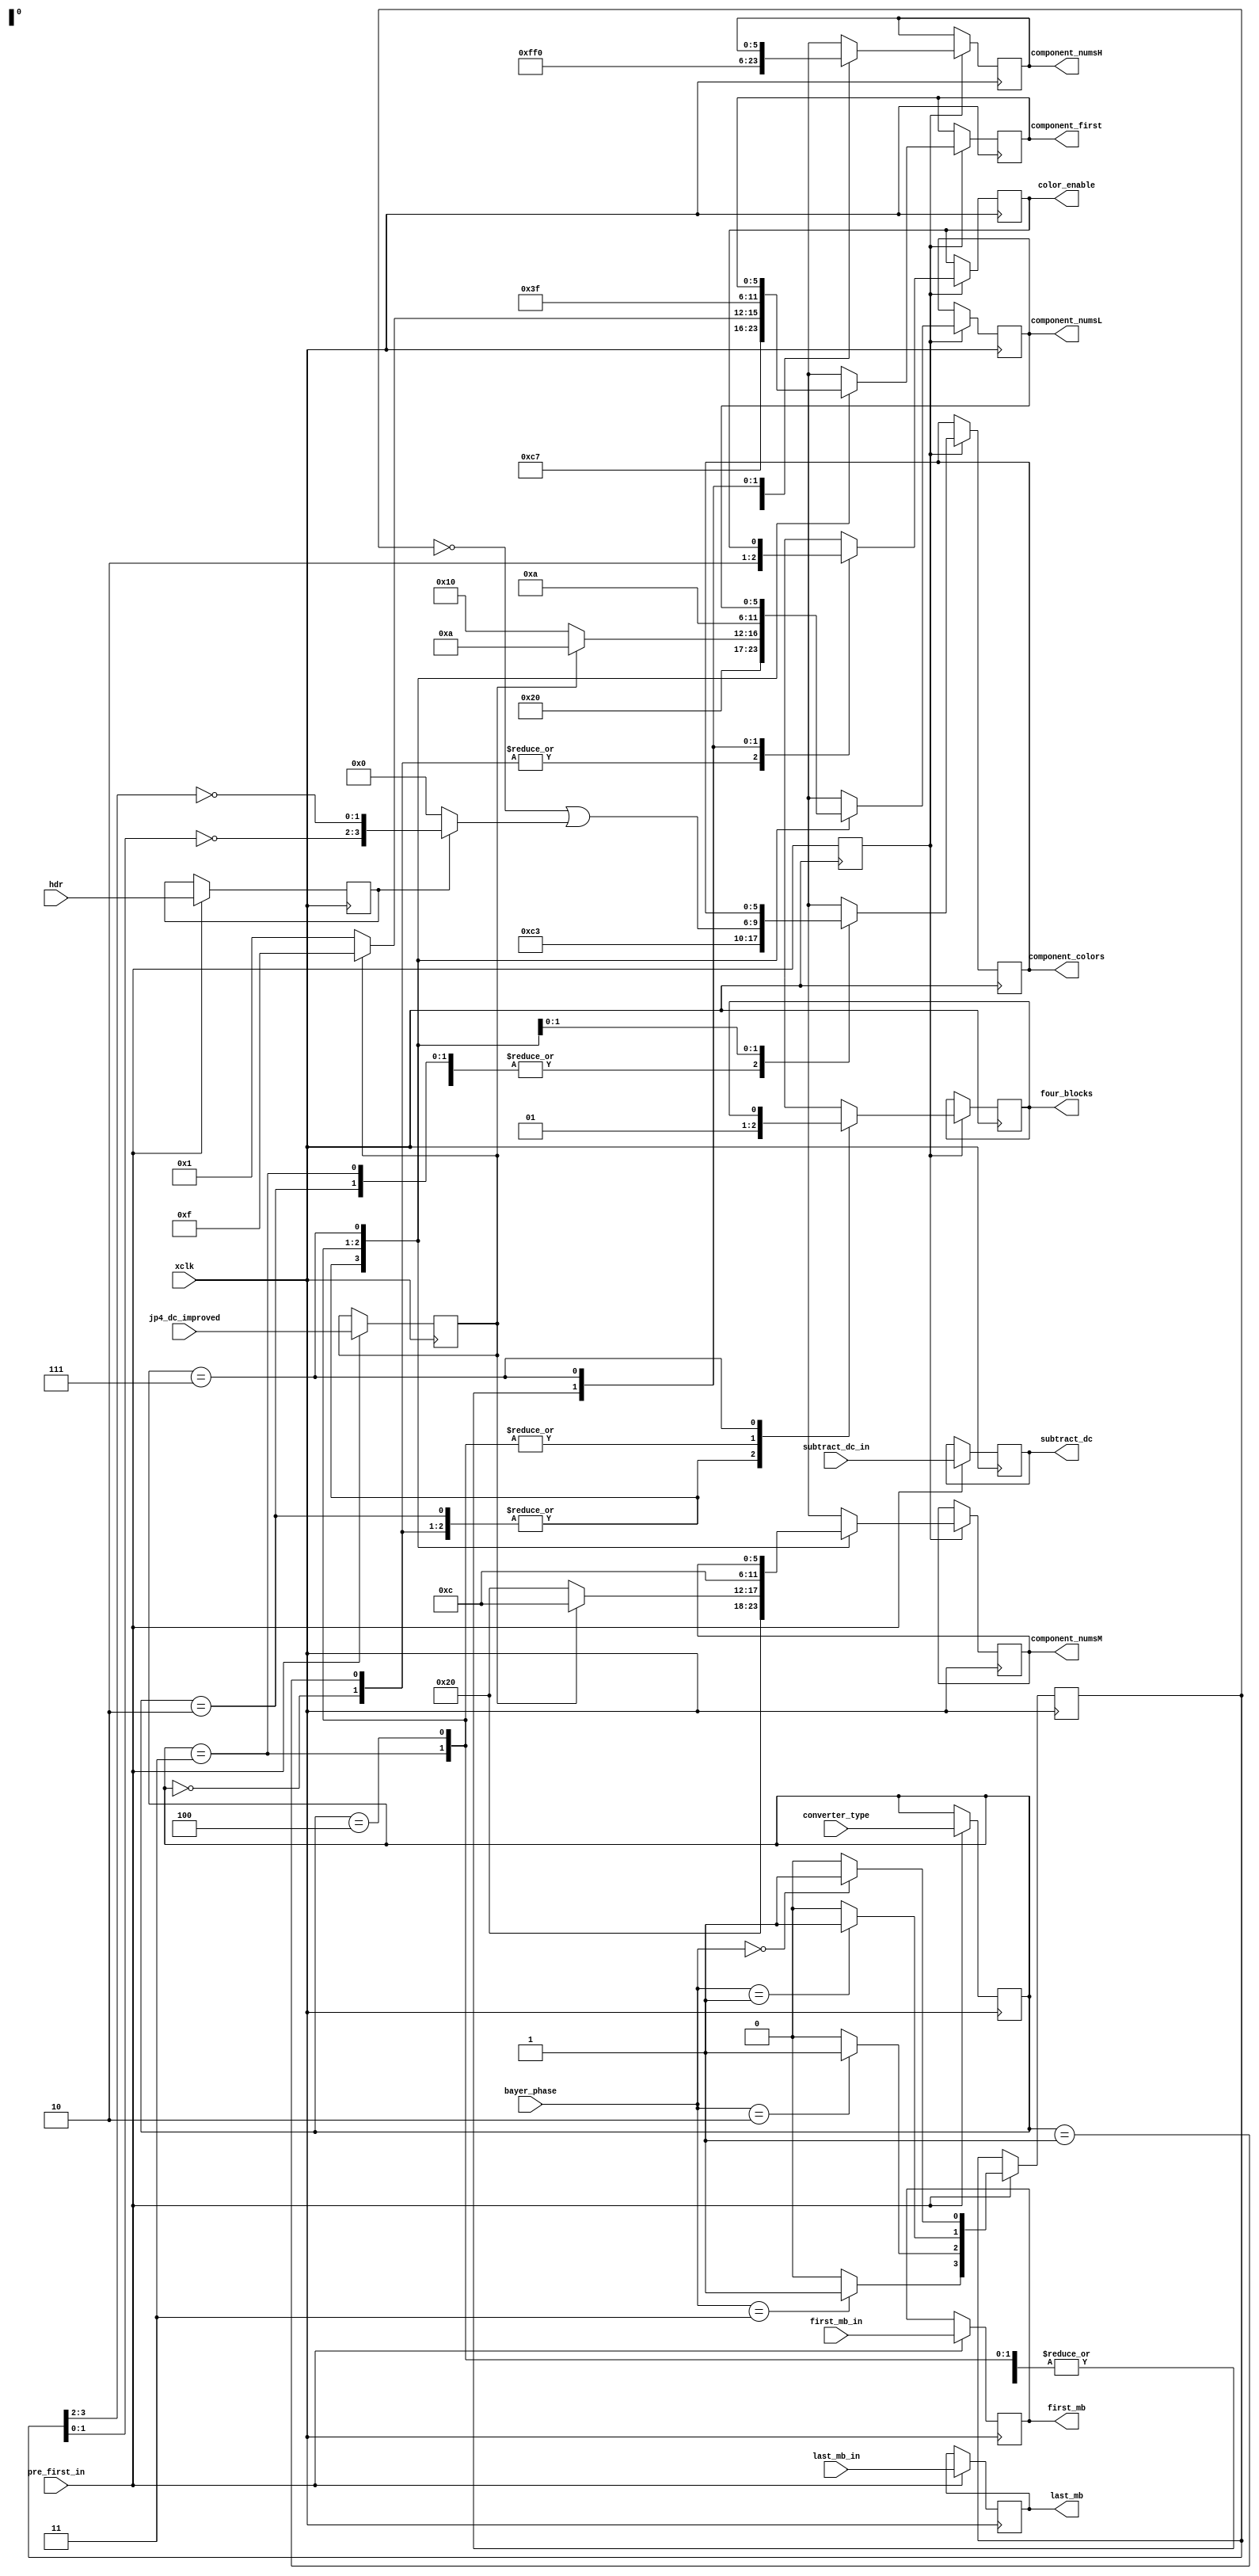
/*!
 * <b>Module:</b>cmprs_tile_mode2_decode
 * @file cmprs_tile_mode2_decode.v
 * @date 2015-06-14  
 * @author Andrey Filippov     
 *
 * @brief Decode mode parameters, registered at pre-start of the macroblock
 * data to color conversion module
 *
 * @copyright Copyright (c) 2015 Elphel, Inc.
 *
 * <b>License:</b>
 *
 * cmprs_tile_mode2_decode.v is free software; you can redistribute it and/or modify
 * it under the terms of the GNU General Public License as published by
 * the Free Software Foundation, either version 3 of the License, or
 * (at your option) any later version.
 *
 *  cmprs_tile_mode2_decode.v is distributed in the hope that it will be useful,
 * but WITHOUT ANY WARRANTY; without even the implied warranty of
 * MERCHANTABILITY or FITNESS FOR A PARTICULAR PURPOSE.  See the
 * GNU General Public License for more details.
 *
 * You should have received a copy of the GNU General Public License
 * along with this program.  If not, see <http://www.gnu.org/licenses/> .
 *
 * Additional permission under GNU GPL version 3 section 7:
 * If you modify this Program, or any covered work, by linking or combining it
 * with independent modules provided by the FPGA vendor only (this permission
 * does not extend to any 3-rd party modules, "soft cores" or macros) under
 * different license terms solely for the purpose of generating binary "bitstream"
 * files and/or simulating the code, the copyright holders of this Program give
 * you the right to distribute the covered work without those independent modules
 * as long as the source code for them is available from the FPGA vendor free of
 * charge, and there is no dependence on any encrypted modules for simulating of
 * the combined code. This permission applies to you if the distributed code
 * contains all the components and scripts required to completely simulate it
 * with at least one of the Free Software programs.
 */
`timescale 1ns/1ps

module  cmprs_tile_mode2_decode #(
        parameter CMPRS_COLOR18 =           0, // JPEG 4:2:0 with 18x18 overlapping tiles for de-bayer
        parameter CMPRS_COLOR20 =           1, // JPEG 4:2:0 with 18x18 overlapping tiles for de-bayer (not implemented)
        parameter CMPRS_MONO16 =            2, // JPEG 4:2:0 with 16x16 non-overlapping tiles, color components zeroed
        parameter CMPRS_JP4 =               3, // JP4 mode with 16x16 macroblocks
        parameter CMPRS_JP4DIFF =           4, // JP4DIFF mode TODO: see if correct
        parameter CMPRS_MONO8 =             7  // Regular JPEG monochrome with 8x8 macroblocks (not yet implemented)
)(
    input             xclk,
    input             pre_first_in, // marks the first input pixel
    input       [2:0] converter_type,
    input      [ 1:0] bayer_phase,
    input             jp4_dc_improved,
    input             hdr,
    input             subtract_dc_in,
    input             first_mb_in,    // valid @ pre_first_in - reading first macroblock
    input             last_mb_in,     // valid @ pre_first_in - reading last macroblock
    
    
    output reg        four_blocks,      // 1 - 4 blocks, 0 - 6 blocks
    output reg        subtract_dc,      // enable subtracting DC components
    output reg        first_mb,         // valid @ pre_first_in - reading first macroblock
    output reg        last_mb,          // valid @ pre_first_in - reading last macroblock
    
    output reg        color_enable,     // prevent JPEG random colors
    output reg [5:0]  component_numsL,  // component_num [0]
    output reg [5:0]  component_numsM,  // component_num [1]
    output reg [5:0]  component_numsH,  // component_num [2]
    output reg [5:0]  component_colors, // use color quantization table (YCbCR, jp4diff)
    output reg [5:0]  component_first // first_r this component in a frame (DC absolute, otherwise - difference to previous)
);

    reg    [2:0]   converter_type_r;
    reg            jp4_dc_improved_r;
    reg            hdr_r;
    reg    [3:0]   bayer_phase_onehot;
    reg            first_in;
    always @ (posedge xclk) begin
        first_in <= pre_first_in;
        if (pre_first_in)begin
            converter_type_r [2:0] <= converter_type[2:0];
            jp4_dc_improved_r      <= jp4_dc_improved;
            hdr_r                  <= hdr;
            subtract_dc            <= subtract_dc_in;
            first_mb               <= first_mb_in;
            last_mb                <= last_mb_in;
            bayer_phase_onehot[3:0]<={(bayer_phase[1:0]==2'h3)?1'b1:1'b0,
                                      (bayer_phase[1:0]==2'h2)?1'b1:1'b0,
                                      (bayer_phase[1:0]==2'h1)?1'b1:1'b0,
                                      (bayer_phase[1:0]==2'h0)?1'b1:1'b0};
        end
        if (first_in) begin
            case (converter_type_r)
                CMPRS_COLOR18:    begin
                            component_numsL  <= 6'h10; // component_num [0]
                            component_numsM  <= 6'h20; // component_num [1]
                            component_numsH  <= 6'h00; // component_num [2]
                            component_colors <= 6'h30; // use color quantization table (YCbCR, jp4diff)
                            component_first  <= 6'h31; // first_r this component in a frame (DC absolute, otherwise - difference to previous)
                            four_blocks      <= 0; // 6 blocks/maceoblock mode
                            color_enable     <= 1'b1;
                         end
                CMPRS_COLOR20:    begin
                            component_numsL  <= 6'h10; // component_num [0]
                            component_numsM  <= 6'h20; // component_num [1]
                            component_numsH  <= 6'h3f; // component_num [2]
                            component_colors <= 6'h30; // use color quantization table (YCbCR, jp4diff)
                            component_first  <= 6'h31; // first_r this component in a frame (DC absolute, otherwise - difference to previous)
                            four_blocks      <= 0; // 6 blocks/maceoblock mode
                            color_enable     <= 1'b1;
                         end
                CMPRS_MONO16:    begin
                            component_numsL  <= 6'h10; // component_num [0]
                            component_numsM  <= 6'h20; // component_num [1]
                            component_numsH  <= 6'h30; // component_num [2]
                            component_colors <= 6'h30; // use color quantization table (YCbCR, jp4diff)
                            component_first  <= 6'h31; // first_r this component in a frame (DC absolute, otherwise - difference to previous)
                            four_blocks      <= 0; // 6 blocks/maceoblock mode
                            color_enable     <= 1'b0;
                         end
                CMPRS_JP4:    begin
                            component_numsL  <= jp4_dc_improved_r?6'h0a:6'h10; // LSb of component_num
                            component_numsM  <= jp4_dc_improved_r?6'h0c:6'h20; // MSb of component_num
                            component_numsH  <= 6'h30; // component_num [2]
                            component_colors <= 6'h30; // use color quantization table (YCbCR, jp4diff)
                            component_first  <= jp4_dc_improved_r?6'h3f:6'h31; // first_r this component in a frame (DC absolute, otherwise - difference to previous)
                            four_blocks      <= 1; // 4 blocks/maceoblock mode
                            color_enable     <= 1'b0;
                         end
                CMPRS_JP4DIFF:    begin
                            component_numsL  <= 6'h0a; // LSb of component_num
                            component_numsM  <= 6'h0c; // MSb of component_num
                            component_numsH  <= 6'h30; // component_num [2]
                            component_colors <= {2'h3,~bayer_phase_onehot[3:0] | (hdr_r? {~bayer_phase_onehot[1:0],~bayer_phase_onehot[3:2]} : 4'h0)}; // use color quantization table (YCbCR, jp4diff)
                            component_first  <= 6'h3f; // first_r this component in a frame (DC absolute, otherwise - difference to previous)
                            four_blocks      <= 1; // 4 blocks/maceoblock mode
                            color_enable     <= 1'b0;
                         end
                         
                CMPRS_MONO8:    begin
    /*            
                            component_numsL  <= 6'h00; // TODO: Implement, put actuqal data in this and other fields
                            component_numsM  <= 6'h00;
                            component_numsH  <= 6'h30;
                            component_colors <= 6'h30;
                            component_first <= 6'h31;
                            color_enable     <= 1'b0;
    */                        
                         end
                         
                default: begin
                            component_numsL  <= 'bx;
                            component_numsM  <= 'bx;
                            component_numsH  <= 'bx;
                            component_colors <= 'bx;
                            component_first  <= 'bx;
                            four_blocks      <= 'bx;
                            color_enable     <= 'bx;
                         end
            endcase
        end
    end

endmodule